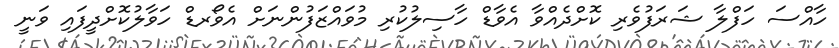
ހާއްސަ ހަފްލާ ޝަރަފުވެރި ކޮށްދެއްވާ އެވާޑް ހާސިލުކުރި މުވައްޒަފުންނަށް އެވޯރޑް ހަވާލުކޮށްދީފައި ވަނީ